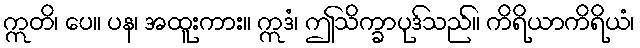
ဣတိ၊ ပေ။ ပန၊ အထူးကား။ ဣဒံ၊ ဤသိက္ခာပုဒ်သည်။ ကိရိယာကိရိယံ၊